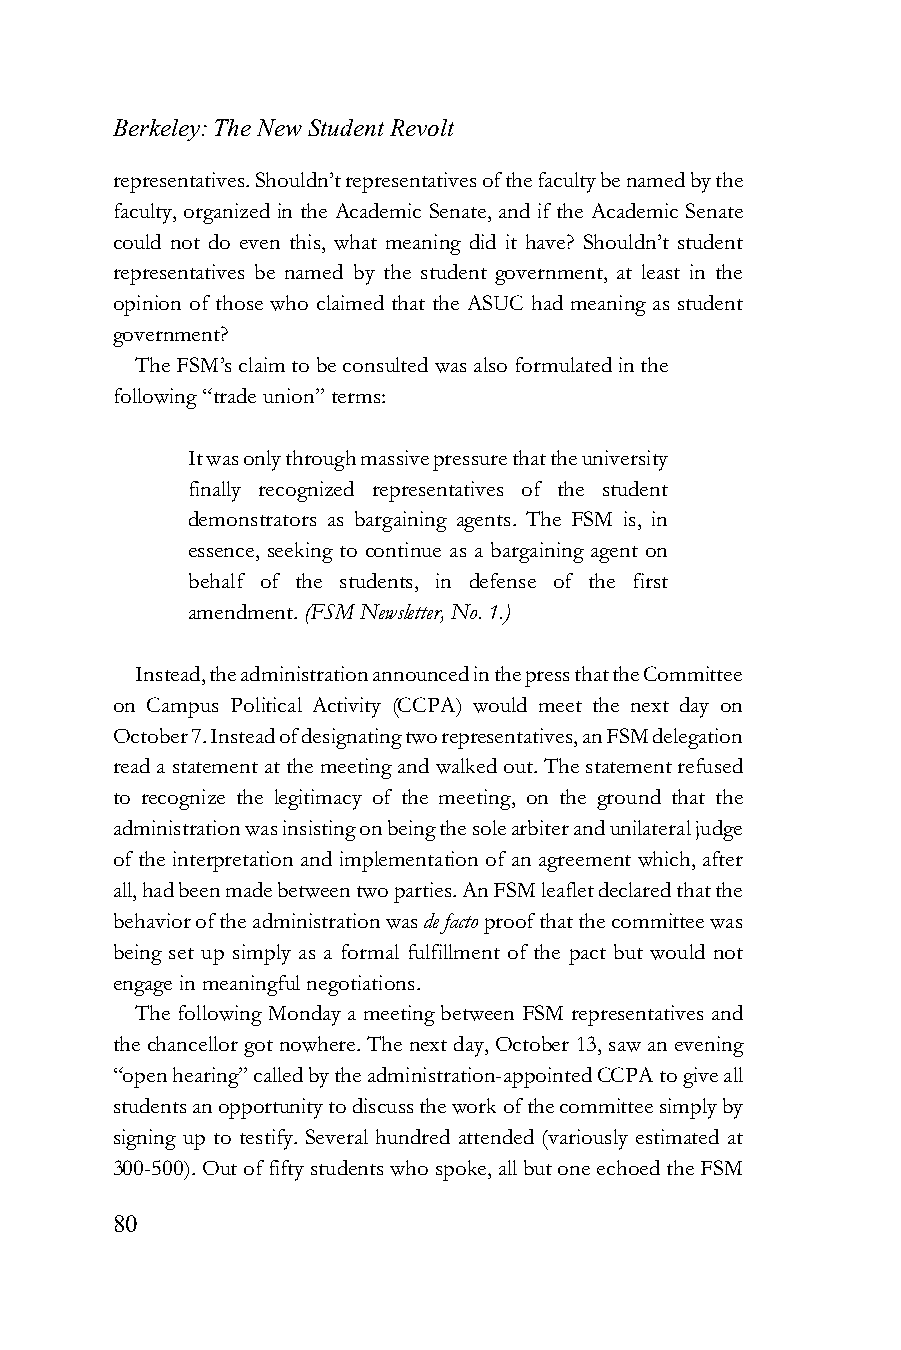
Berkeley: The New Student Revolt
 representatives. Shouldn’t representatives of the faculty be named by the
 faculty, organized in the Academic Senate, and if the Academic Senate
 could not do even this, what meaning did it have? Shouldn’t student
 representatives be named by the student government, at least in the
 opinion of those who claimed that the ASUC had meaning as student
 government?
 The FSM’s claim to be consulted was also formulated in the
 following “trade union” terms:
 It was only through massive pressure that the university
 finally recognized representatives of the student
 demonstrators as bargaining agents. The FSM is, in
 essence, seeking to continue as a bargaining agent on
 behalf of the students, in defense of the first
 amendment. (FSM Newsletter, No. 1.)
 Instead, the administration announced in the press that the Committee
 on Campus Political Activity (CCPA) would meet the next day on
 October 7. Instead of designating two representatives, an FSM delegation
 read a statement at the meeting and walked out. The statement refused
 to recognize the legitimacy of the meeting, on the ground that the
 administration was insisting on being the sole arbiter and unilateral judge
 of the interpretation and implementation of an agreement which, after
 all, had been made between two parties. An FSM leaflet declared that the
 behavior of the administration was de facto proof that the committee was
 being set up simply as a formal fulfillment of the pact but would not
 engage in meaningful negotiations.
 The following Monday a meeting between FSM representatives and
 the chancellor got nowhere. The next day, October 13, saw an evening
 “open hearing” called by the administration-appointed CCPA to give all
 students an opportunity to discuss the work of the committee simply by
 signing up to testify. Several hundred attended (variously estimated at
 300-500). Out of fifty students who spoke, all but one echoed the FSM
 80